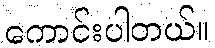
ကောင်းပါတယ်။